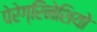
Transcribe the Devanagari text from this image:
पेरेग्रिनेशियो